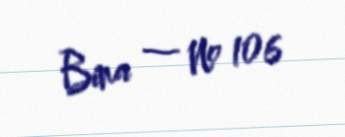
Bina — № 106